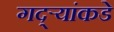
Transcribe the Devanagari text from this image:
गद्र्‍यांकडे